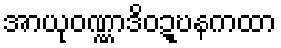
အာယုဝဏ္ဏာဒိဝဍ္ဎနကထာ